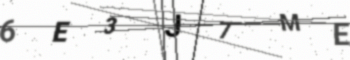
Text: 6E3J7ME